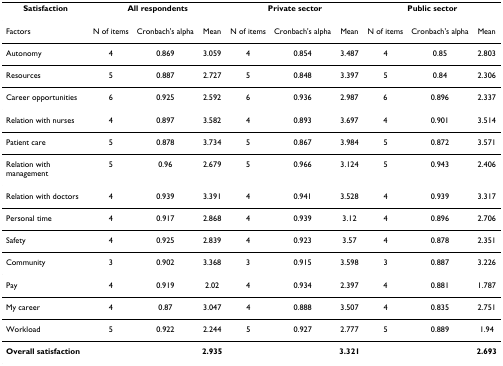
| Satisfaction | <COLSPAN=3> All respondents | <COLSPAN=3> Private sector | <COLSPAN=3> Public sector |
 | --- | --- | --- | --- | --- | --- | --- | --- | --- | --- |
 | Factors | N of items | Cronbach's alpha | Mean | N of items | Cronbach's alpha | Mean | N of items | Cronbach's alpha | Mean |
 | Autonomy | 4 | 0.869 | 3.059 | 4 | 0.854 | 3.487 | 4 | 0.85 | 2.803 |
 | Resources | 5 | 0.887 | 2.727 | 5 | 0.848 | 3.397 | 5 | 0.84 | 2.306 |
 | Career opportunities | 6 | 0.925 | 2.592 | 6 | 0.936 | 2.987 | 6 | 0.896 | 2.337 |
 | Relation with nurses | 4 | 0.897 | 3.582 | 4 | 0.893 | 3.697 | 4 | 0.901 | 3.514 |
 | Patient care | 5 | 0.878 | 3.734 | 5 | 0.867 | 3.984 | 5 | 0.872 | 3.571 |
 | Relation with management | 5 | 0.96 | 2.679 | 5 | 0.966 | 3.124 | 5 | 0.943 | 2.406 |
 | Relation with doctors | 4 | 0.939 | 3.391 | 4 | 0.941 | 3.528 | 4 | 0.939 | 3.317 |
 | Personal time | 4 | 0.917 | 2.868 | 4 | 0.939 | 3.12 | 4 | 0.896 | 2.706 |
 | Safety | 4 | 0.925 | 2.839 | 4 | 0.923 | 3.57 | 4 | 0.878 | 2.351 |
 | Community | 3 | 0.902 | 3.368 | 3 | 0.915 | 3.598 | 3 | 0.887 | 3.226 |
 | Pay | 4 | 0.919 | 2.02 | 4 | 0.934 | 2.397 | 4 | 0.881 | 1.787 |
 | My career | 4 | 0.87 | 3.047 | 4 | 0.888 | 3.507 | 4 | 0.835 | 2.751 |
 | Workload | 5 | 0.922 | 2.244 | 5 | 0.927 | 2.777 | 5 | 0.889 | 1.94 |
 | Overall satisfaction |  |  | 2.935 |  |  | 3.321 |  |  | 2.693 |